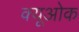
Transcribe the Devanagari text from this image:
क्यूओक